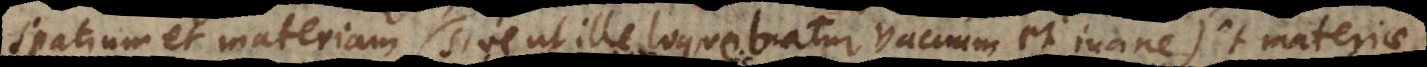
spatium et materiam (sive ut ille loquebatur, vacuum et inane) et materiae